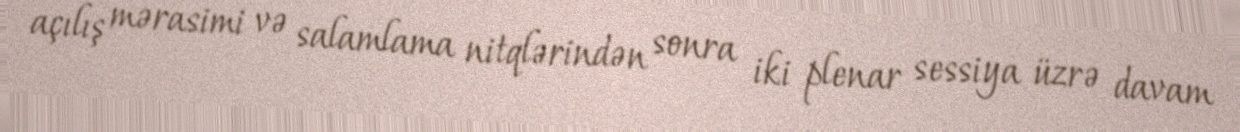
açılış mərasimi və salamlama nitqlərindən sonra iki plenar sessiya üzrə davam